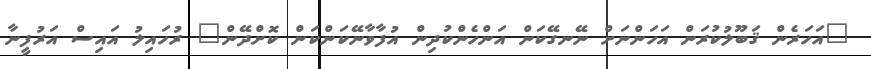
"އަހަރެން ޤަބޫލުކުރަން އަހަންނަށް ނޭނގޭކަން އަންހެންކުދިން އުފާވާނޭކަންކަން ކޮށްދޭން" ރުހައިލު އައިސް އަރުފީނާ